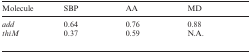
<table><thead><tr><td><b>Molecule</b></td><td><b>SBP</b></td><td><b>AA</b></td><td><b>MD</b></td></tr></thead><tbody><tr><td><i>add</i></td><td>0.64</td><td>0.76</td><td>0.88</td></tr><tr><td><i>thiM</i></td><td>0.37</td><td>0.59</td><td>N.A.</td></tr></tbody></table>